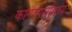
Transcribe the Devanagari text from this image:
कागदपञांमध्ये